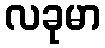
လခုမာ